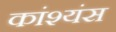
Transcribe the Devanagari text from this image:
कांश्यंस